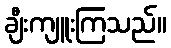
ချီးကျူးကြသည်။